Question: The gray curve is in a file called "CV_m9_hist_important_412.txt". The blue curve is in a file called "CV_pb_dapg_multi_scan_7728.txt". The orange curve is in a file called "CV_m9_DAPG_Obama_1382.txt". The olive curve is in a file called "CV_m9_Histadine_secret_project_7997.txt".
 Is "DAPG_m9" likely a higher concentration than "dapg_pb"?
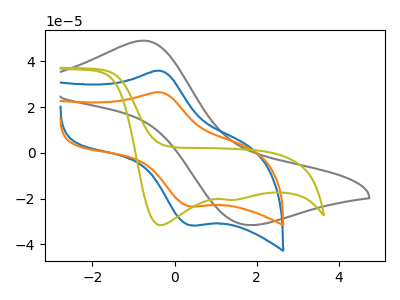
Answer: <think>The gray curve "hist_m9" has an anodic peak at (-0.75V, 49.05uA) and a cathodic peak at (1.75V, -31.50uA). The blue curve "dapg_pb" has an anodic peak at (-0.35V, 35.80uA) and a cathodic peak at (0.40V, -31.60uA). The orange curve "DAPG_m9" has an anodic peak at (-0.35V, 26.45uA) and a cathodic peak at (0.40V, -23.30uA). The olive curve "Histadine_m9" has cathodic peaks at (-0.35V, -31.55uA) (1.45V, -20.50uA).
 All the peaks in "DAPG_m9" have a peak in "dapg_pb" at the same potential. Every peak in "DAPG_m9" is lower than every peak in "dapg_pb".</think>
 <answer>"DAPG_m9" has less signal than "dapg_pb".</answer>
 <eval>less_signal</eval>